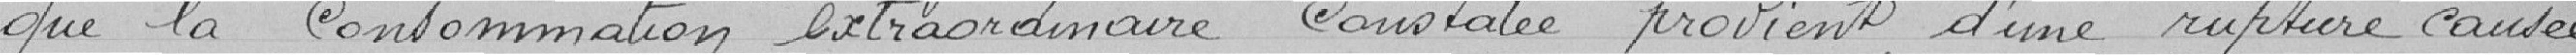
que la consommation extraordinaire constatée provient d'une rupture causée